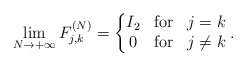
\begin{align*} \lim_{N \to +\infty} F_{j,k}^{(N)} = \left\{ \begin{matrix} I_2 & {\rm for} & j = k \\ 0 & {\rm for} & j \ne k \end{matrix} \right.. \end{align*}